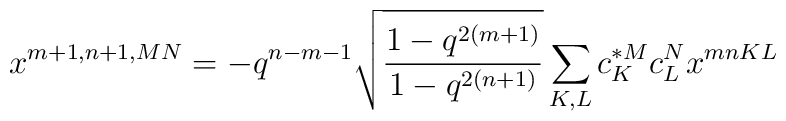
x^{m+1,n+1,MN}=-q^{n-m-1}\sqrt{\frac{1-q^{2(m+1)}}{1-q^{2(n+1)}}}\sum_{K,L} c_{K}^{*M}c_{L}^{N}x^{mnKL}